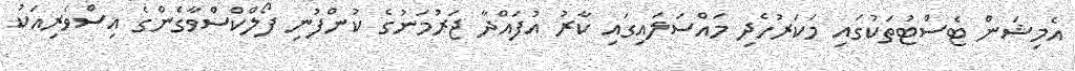
އެމިޝަން ޓެސްޓުތަކުގައި މަކަރުހެދި މައްސަލައިގައި ކާރު އުފައްދާ ޖަރުމަނުގެ ކުންފުނި ފޯލްކްސްވާގެންގެ އިސްވެރިއަކު